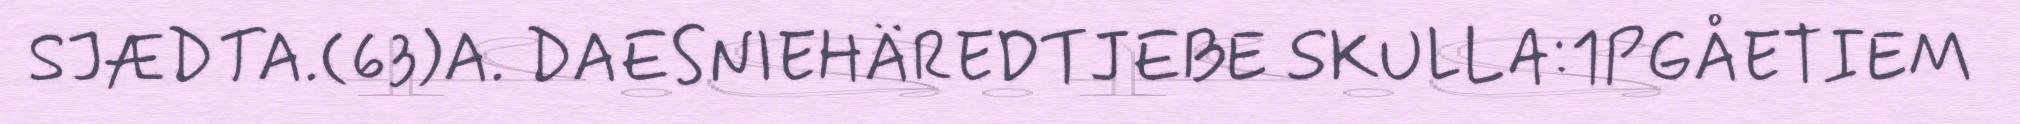
SJÆDTA.(63)A. DAESNIEHÄREDTJEBE SKULLA:1PGÅETIEM